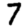
Digit: 7